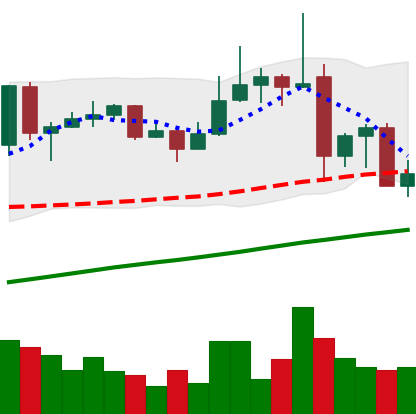
Ticker: ADA-USD
Chart end date: 2019-07-01
Forward return: -7.739%
Label: down_7plus